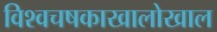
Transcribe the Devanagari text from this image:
विश्वचषकाखालोखाल